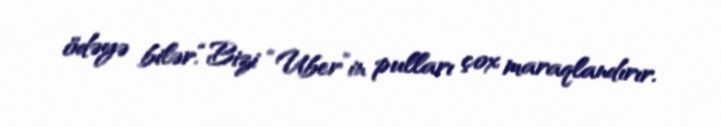
ödəyə bilər.“Bizi “Uber”in pulları çox maraqlandırır.